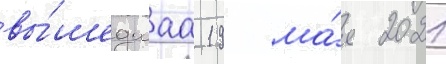
вы́шедшаа 19 ма́я 2021